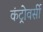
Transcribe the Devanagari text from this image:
कंट्रोवर्सी